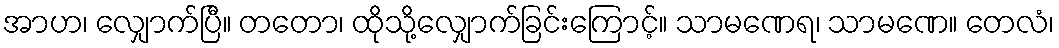
အာဟ၊ လျှောက်ပြီ။ တတော၊ ထိုသို့လျှောက်ခြင်းကြောင့်။ သာမဏေရ၊ သာမဏေ။ တေလံ၊